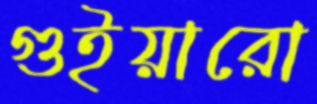
গুইয়ারো